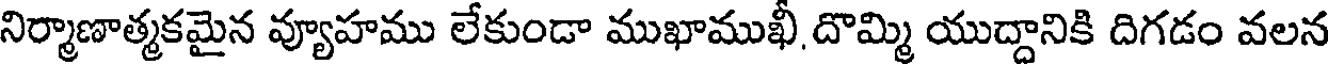
నిర్మాణాత్మకమైన వ్యూహము లేకుండా ముఖాముఖీ, దొమ్మి యుద్దానికి దిగడం వలన